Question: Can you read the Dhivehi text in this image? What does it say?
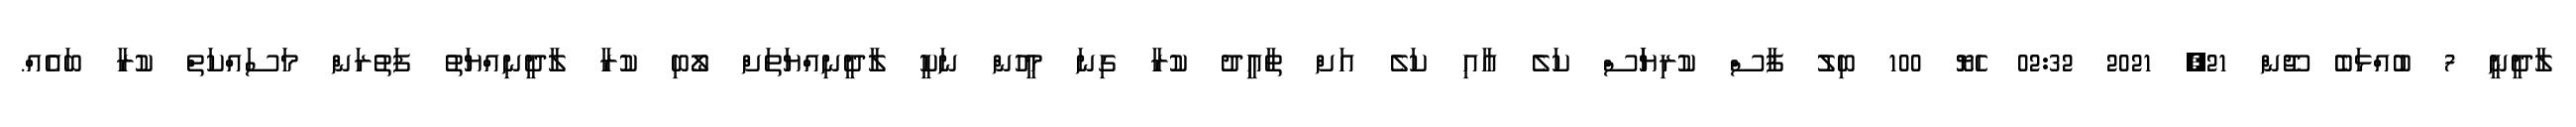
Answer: ލާދީނީ 7 ބުއްޅަބެ ޖޫން 21, 2021 02:32 ހެޔޮ 100 ބިލު ފާސް ކުރިޔަަސް ކަލެ އާއި ކަލެ އަށް ތާއިީދު ކުރާ ގިނަ މީހުން ނަކީ ލާދީނިއްޔަތަށް ލޯބި ކުރާ ލާދީނިއްޔަތު ފަތުރަން މަސައްކަތް ކުރާ ބައެއް.